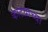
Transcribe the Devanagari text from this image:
काटय़ाच्या